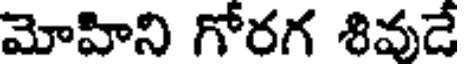
మోహిని గోరగ శివుడే